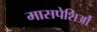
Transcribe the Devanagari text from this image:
मासपेशिओं